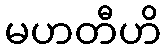
မဟတီဟိ